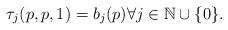
LaTeX: \begin{align*} \tau_j(p,p,1)=b_j(p) \forall j\in \mathbb{N}\cup\{0\}.\end{align*}